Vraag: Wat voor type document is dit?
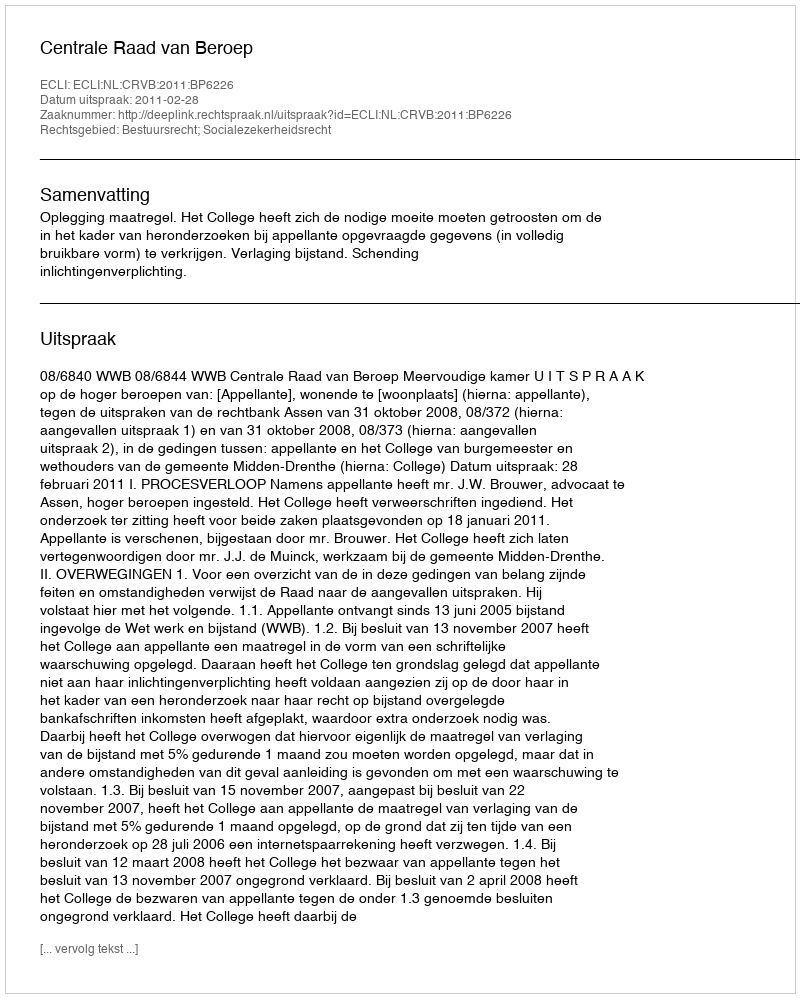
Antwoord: Uitspraak